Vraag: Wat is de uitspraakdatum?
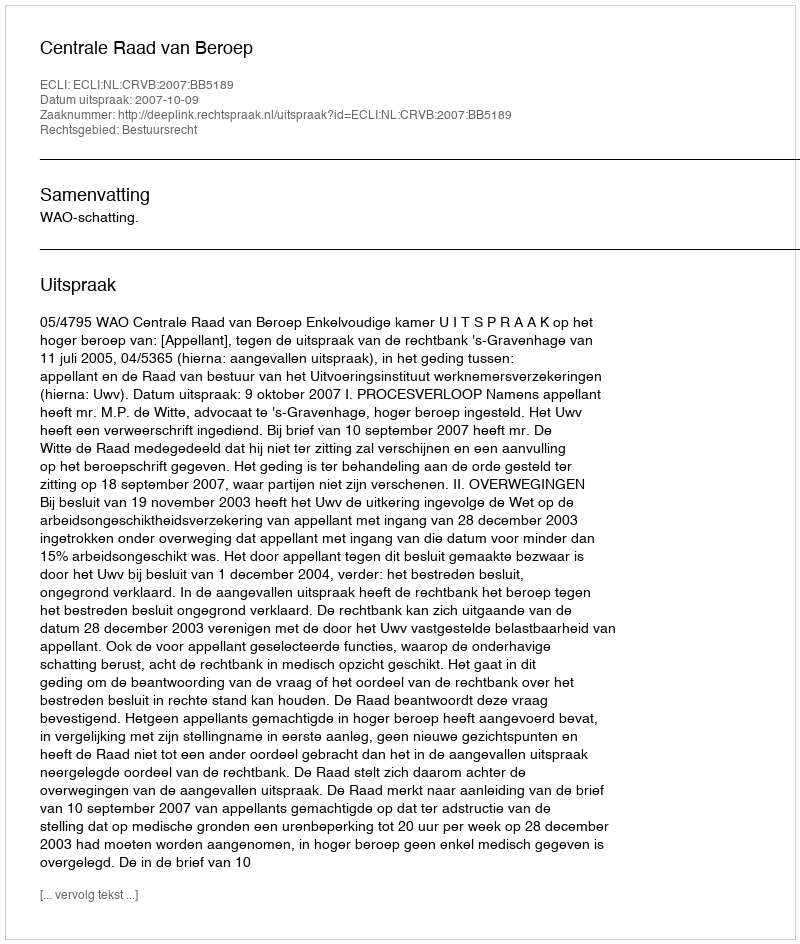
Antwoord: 2007-10-09